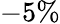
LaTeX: -5\%